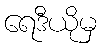
ရေဒီယိုမှ